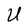
Character: U